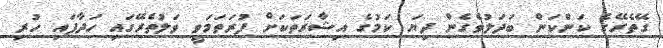
ގޭތެރޭގެ ކަންކަން ބަދަލުވެގެން ދިޔަ ކަމުގެ އިޝާރަތަކަށް ފުރަތަމަވީ ވަލުތެރޭގައި ހަދާފައި ހުރި